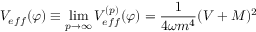
V _ { e f f } ( \varphi ) \equiv \operatorname * { l i m } _ { p \to \infty } V _ { e f f } ^ { ( p ) } ( \varphi ) = \frac { 1 } { 4 \omega m ^ { 4 } } ( V + M ) ^ { 2 }